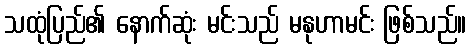
သထုံပြည်၏ နောက်ဆုံး မင်းသည် မနုဟာမင်း ဖြစ်သည်။